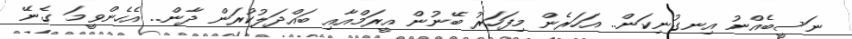
ނަސީބެއްނު އިނގުނިކަން.. އަހަރެން މިފަހަރު ބޭނުން އީރަމްއާއި ބައްދަލުކުރަން ދާން.. އެހެންވީމަ ގެނޭ